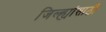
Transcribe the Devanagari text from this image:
जिल्ह्यांसाठी